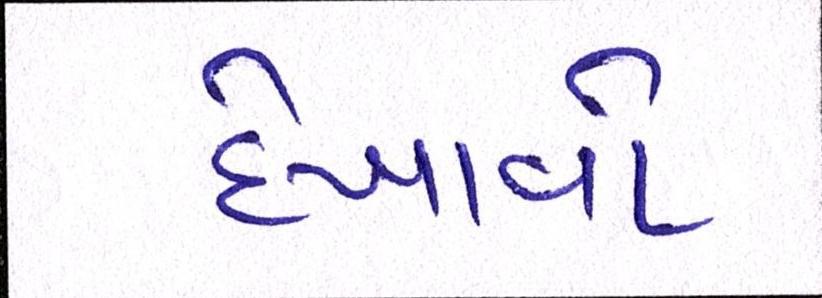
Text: દેખાવો